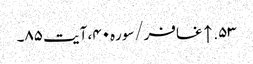
۵۳. ↑ غافر/سوره۴۰، آیت ۸۵۔